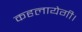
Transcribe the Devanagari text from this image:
कहलायेगी।